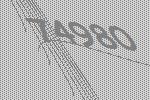
74980